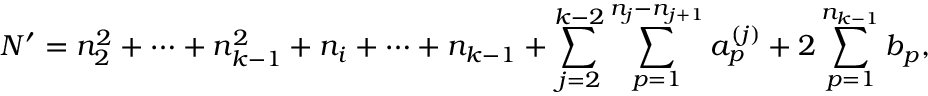
N ^ { \prime } = n _ { 2 } ^ { 2 } + \cdots + n _ { k - 1 } ^ { 2 } + n _ { i } + \cdots + n _ { k - 1 } + \sum _ { j = 2 } ^ { k - 2 } \sum _ { p = 1 } ^ { n _ { j } - n _ { j + 1 } } a _ { p } ^ { ( j ) } + 2 \sum _ { p = 1 } ^ { n _ { k - 1 } } b _ { p } ,